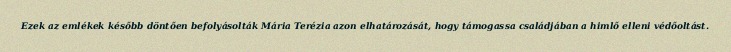
Ezek az emlékek később döntően befolyásolták Mária Terézia azon elhatározását, hogy támogassa családjában a himlő elleni védőoltást.